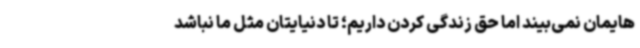
هایمان نمی‌بیند اما حق زندگی کردن داریم؛ تا دنیایتان مثل ما نباشد